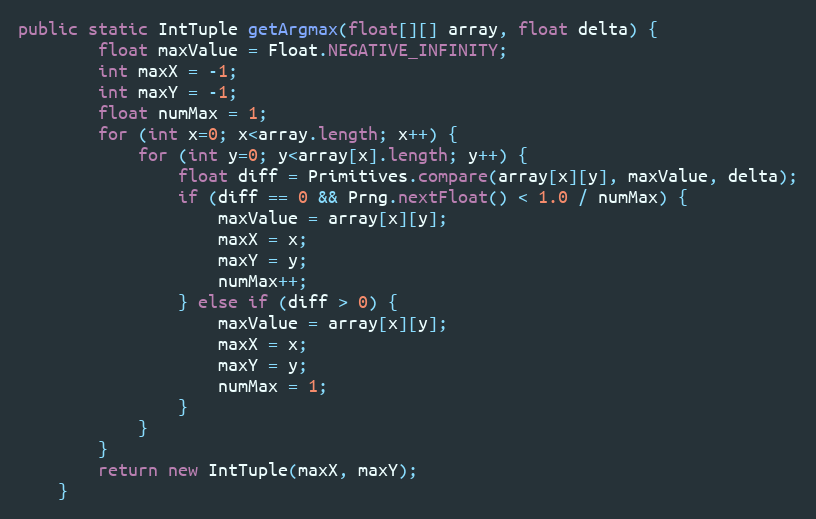
Language: Java
public static IntTuple getArgmax(float[][] array, float delta) {
        float maxValue = Float.NEGATIVE_INFINITY;
        int maxX = -1;
        int maxY = -1;
        float numMax = 1;
        for (int x=0; x<array.length; x++) {
            for (int y=0; y<array[x].length; y++) {
                float diff = Primitives.compare(array[x][y], maxValue, delta);
                if (diff == 0 && Prng.nextFloat() < 1.0 / numMax) {
                    maxValue = array[x][y];
                    maxX = x;
                    maxY = y;
                    numMax++;
                } else if (diff > 0) {
                    maxValue = array[x][y];
                    maxX = x;
                    maxY = y;
                    numMax = 1;
                }
            }
        }
        return new IntTuple(maxX, maxY);
    }